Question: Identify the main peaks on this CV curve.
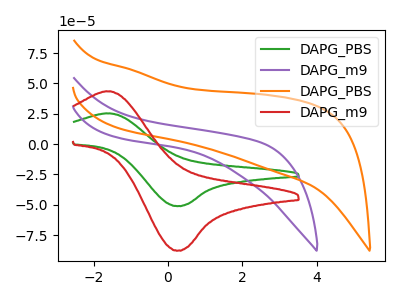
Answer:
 <answer>The green curve "DAPG_PBS" has an anodic peak at (-1.60V, 25.25uA) and a cathodic peak at (0.30V, -51.05uA). The purple curve "DAPG_m9" has no peaks. The orange curve "DAPG_PBS" has no peaks. The red curve "DAPG_m9" has an anodic peak at (-1.60V, 43.40uA) and a cathodic peak at (0.30V, -87.70uA).</answer>
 <eval></eval>